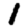
Digit: 1